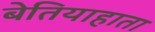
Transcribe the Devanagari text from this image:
बेतियाहाता